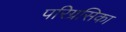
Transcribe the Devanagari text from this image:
परिग्रसिका